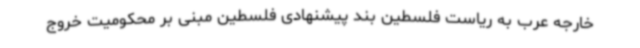
خارجه عرب به ریاست فلسطین بند پیشنهادی فلسطین مبنی بر محکومیت خروج